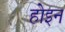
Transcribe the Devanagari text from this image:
होइन